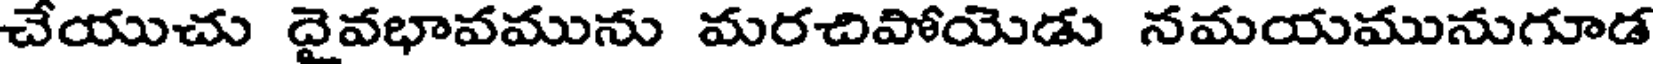
చేయుచు దైవభావమును మరచిపోయెడు నమయమునుగూడ